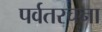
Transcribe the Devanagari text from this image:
पर्वतरचना